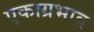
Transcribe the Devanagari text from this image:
एकाग्रभाव